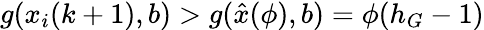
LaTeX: g(x_{i}(k+1),b)>g(\hat{x}(\phi),b)=\phi(h_{G}-1)